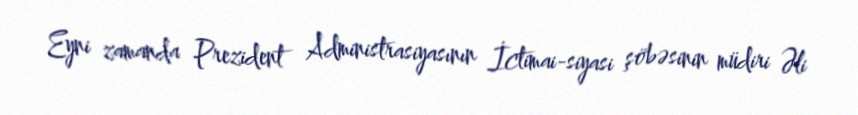
Eyni zamanda Prezident Administrasiyasının İctimai-siyasi şöbəsinin müdiri Əli